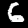
Label: 6